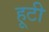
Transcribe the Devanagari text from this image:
हूटी